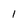
Character: 1